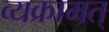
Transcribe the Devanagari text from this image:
व्यक्रामत्